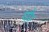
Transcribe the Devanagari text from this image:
धोर